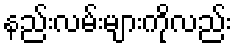
နည်းလမ်းများကိုလည်း